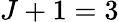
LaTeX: J+1=3